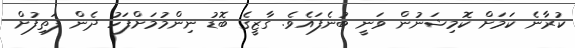
ކުރާނެ ކަމަށް ކޮމިޝަނުން ވަނީ ބުނެފައެވެ. ގާޒީގެ ބޮޑު ނިންމުމަށްފަހު ދެން ފަތިފުށް